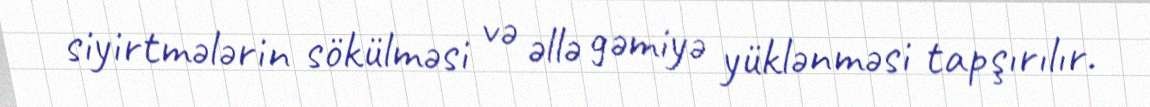
siyirtmələrin sökülməsi və əllə gəmiyə yüklənməsi tapşırılır.